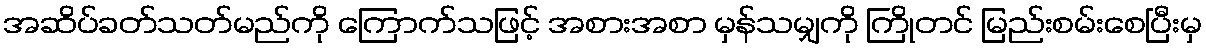
အဆိပ်ခတ်သတ်မည်ကို ကြောက်သဖြင့် အစားအစာ မှန်သမျှကို ကြိုတင် မြည်းစမ်းစေပြီးမှ